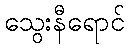
သွေးနီရောင်